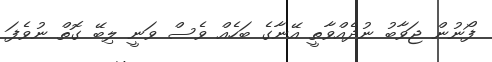
ފޯނުން ޖަވާބު ނުދެއްވާތީ އޭނާގެ ބަހެއް ވެސް ވަނީ ލިބޭ ގޮތް ނުވެފަ